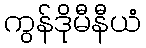
ကွန်ဒိုမီနီယံ